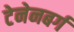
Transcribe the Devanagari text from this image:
टेनेनबर्ग